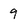
Character: 9